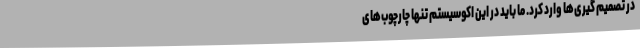
در تصمیم گیری‌ها وارد کرد. ما باید در این اکوسیستم تنها چارچوب‌های